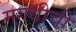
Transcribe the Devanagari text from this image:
मगधीची